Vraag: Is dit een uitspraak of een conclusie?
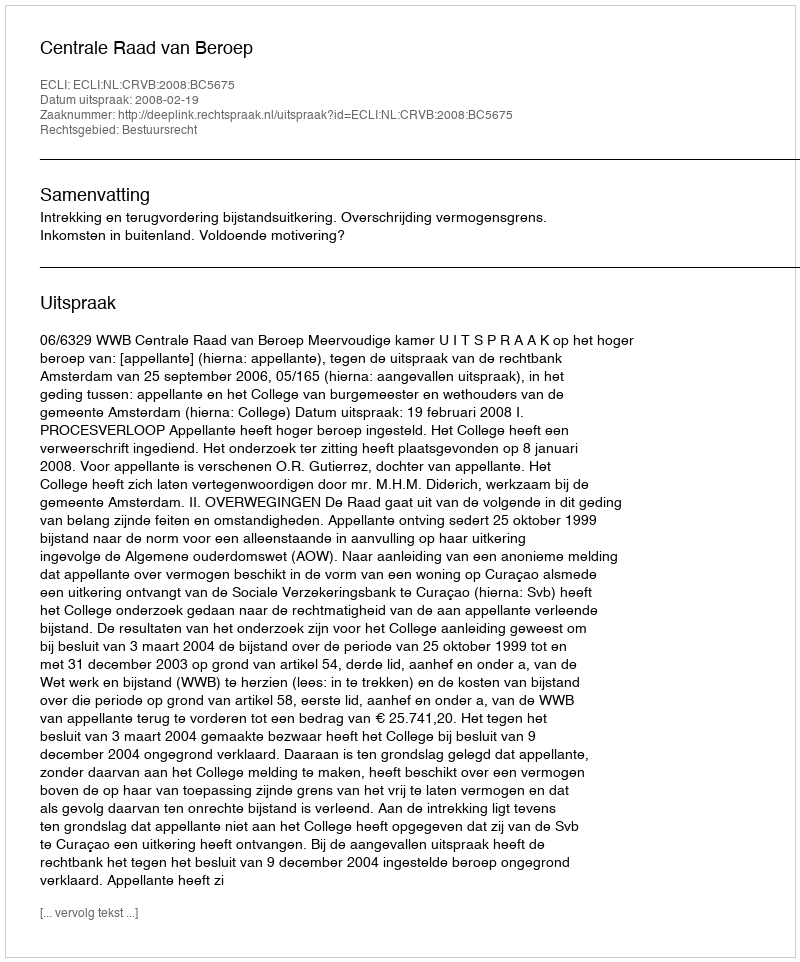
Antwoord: Uitspraak